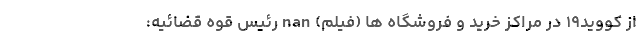
از کووید۱۹ در مراکز خرید و فروشگاه ها (فیلم) nan رئیس قوه قضائیه: